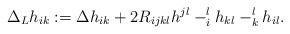
LaTeX: \begin{align*} \Delta_L h_{ik} := \Delta h_{ik} + 2 R_{ijkl} h^{jl} - _i^l h_{kl} - _k^l h_{il}. \end{align*}